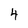
Character: 4